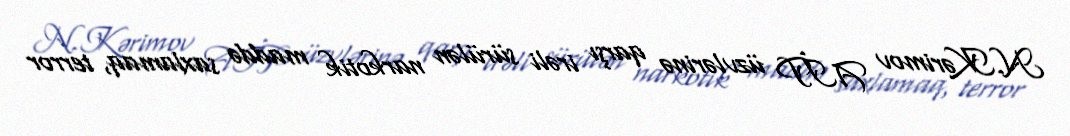
N.Kərimov AİP üzvlərinə qarşı irəli sürülən narkotik maddə saxlamaq, terror